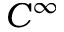
C ^ { \infty }